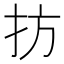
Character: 㧍